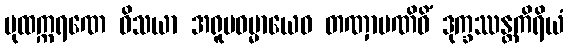
ပုထက္ကရဏေ ဝိသယာ အရူပဓမ္မာယေဝ တဏှာပဏိဓိံ ဒုက္ခဿန္တကိရိယံ